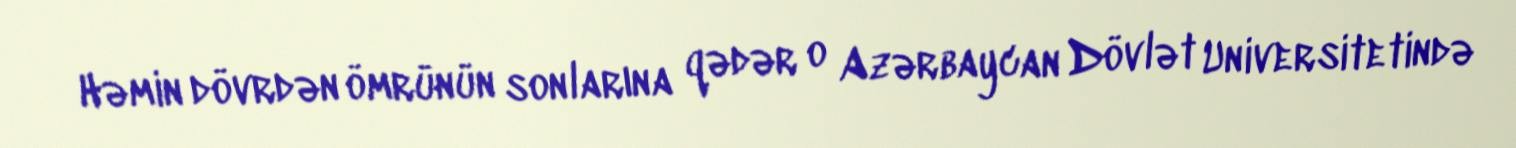
Həmin dövrdən ömrünün sonlarına qədər o Azərbaycan Dövlət Universitetində